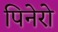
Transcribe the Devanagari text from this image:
पिनेरो